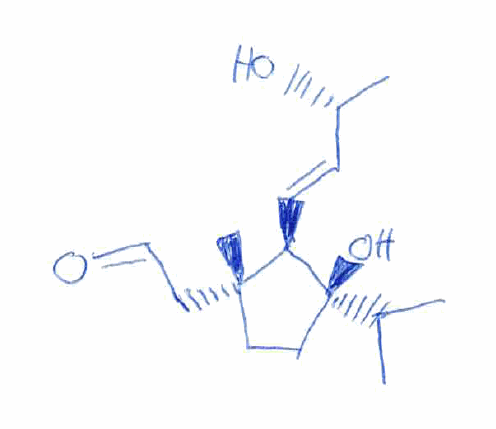
Simplified molecular-input line-entry system (SMILES) notation of the given molecule:
C[C@H](/C=C/[C@@H]1[C@@](CC[C@]1(C(C)C)O)(C)CC=O)O